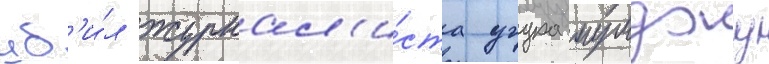
уб'и́л журнал'и́ста угура мумджу